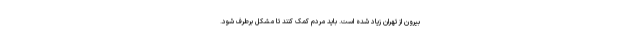
بیرون از تهران زیاد شده است. باید مردم کمک کنند تا مشکل برطرف شود.